Development of the Leishman-Donovan parasite in Cimex rotundatus - Number 31
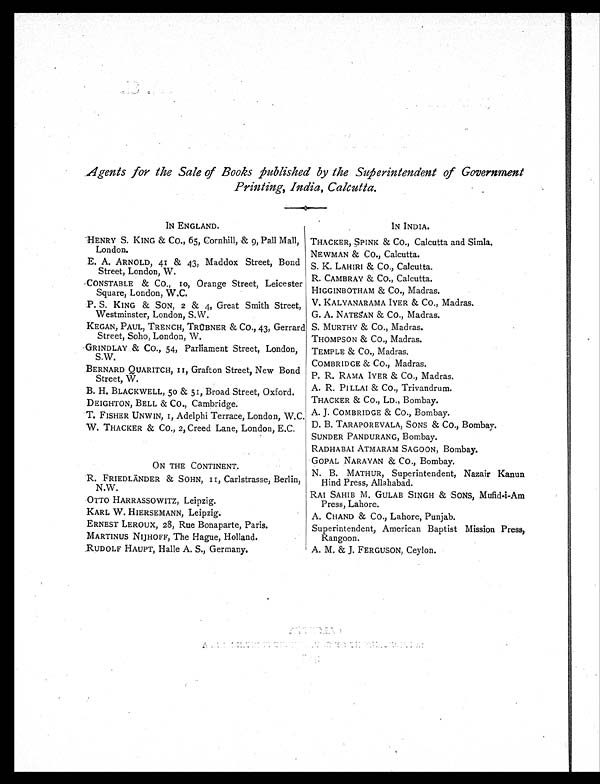
Agents for the Sale of Books published by the Superintendent of Government
Printing, India, Calcutta.
IN ENGLAND.
IN INDIA.
HENRY S. KING & CO., 65, Cornhill, & 9, Pall Mall,
London.
THACKER, SPINK & CO., Calcutta and Simla.
NEWMAN & CO., Calcutta.
E. A. ARNOLD, 41 & 43, Maddox Street, Bond
Street, London, W.
S. K. LAHIRI & CO., Calcutta.
R. CAMBRAY & CO., Calcutta.
CONSTABLE & CO., 10, Orange Street, Leicester
Square, London, W.C.
HIGGINBOTHAM & CO., Madras.
P. S. KING & SON, 2 & 4, Great Smith Street,
Westminster, London, S.W.
V. KALYANARAMA IYER & CO., Madras.
G. A. NATESAN & CO., Madras.
KEGAN, PAUL, TRENCH, TRÜBNER & CO., 43, Gerrard
Street, Soho, London, W.
S. MURTHY & CO., Madras.
THOMPSON & CO., Madras.
GRINDLAY & CO., 54, Parliament Street, London,
S.W.
TEMPLE & CO., Madras.
COMBRIDGE & CO., Madras.
BERNARD QUARITCH, 11, Grafton Street, New Bond
Street, W.
P. R. EAMA IYER & CO., Madras.
B. H. BLACKWELL, 50 & 51, Broad Street, Oxford. A. R. PILLAI & CO., Trivandrum.
DEIGHTON, BELL & CO., Cambridge.
THACKER & CO., LD., Bombay.
T. FISHER UNWIN, 1, Adelphi Terrace, London, W.C. A. J. COMBRIDGE & CO., Bombay.
W. THACKER & CO., 2, Creed Lane, London, E.C. D. B. TARAPOREVALA, SONS & CO., Bombay.
SUNDER PANDURANG, Bombay.
RADHABAI ATMARAM SAGOON, Bombay.
ON THE CONTINENT.
GOPAL NARAYAN & CO., Bombay.
R. FRIEDLÄNDER & SOHN, 11, Carlstrasse, Berlin,
N.W.
N. B. MATHUR, Superintendent, Nazair Kanun
Hind Press, Allahabad.
RAI SAHIB M. GULAB SINGH & SONS, Mufid-i-Am
Press, Lahore.
OTTO HARRASSOWITZ, Leipzig.
KARL W. HIERSEMANN, Leipzig.
A. CHAND & CO., Lahore, Punjab.
ERNEST LEROUX, 28, Rue Bonaparte, Paris.
Superintendent, American Baptist Mission Press,
Rangoon.
MARTINUS NIJHOFF, The Hague, Holland.
RUDOLF HAUPT, Halle A. S., Germany.
A. M. & J. FERGUSON, Ceylon.